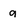
Character: g